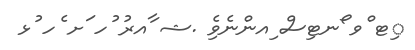
ިޓ ްވ ޯނޓިސް ިއންނެވެި .ޝ ާއރު ުހ ަށ ެހ ުޅ